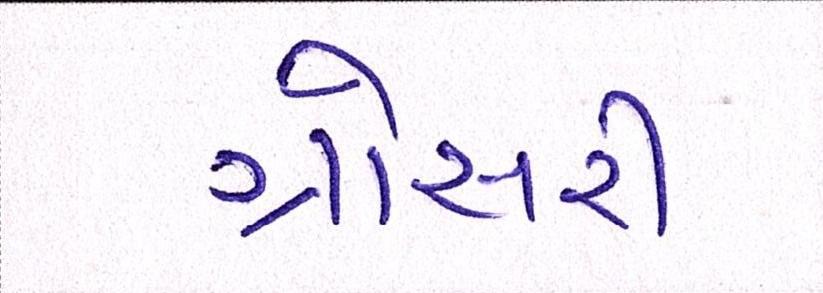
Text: ગ્રોસરી